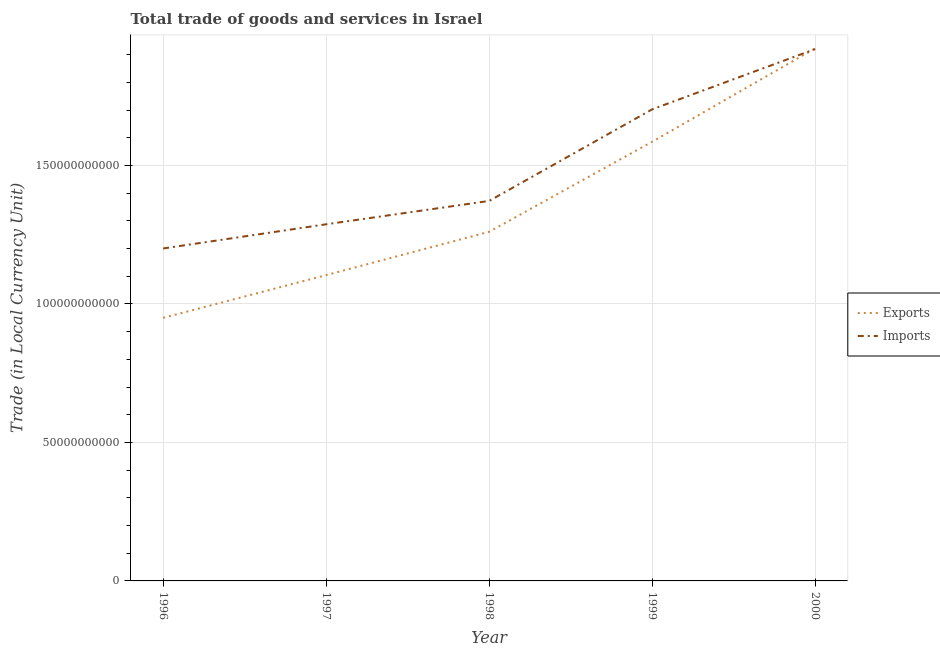
| Year | Exports | Imports |
 | --- | --- | --- |
 | 1996 | 9.5e+10 | 1.2e+11 |
 | 1997 | 1.1e+11 | 1.29e+11 |
 | 1998 | 1.26e+11 | 1.37e+11 |
 | 1999 | 1.59e+11 | 1.7e+11 |
 | 2000 | 1.92e+11 | 1.92e+11 |